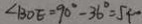
\angle B O E = 9 0 ^ { \circ } - 3 6 ^ { \circ } = 5 4 ^ { \circ }